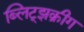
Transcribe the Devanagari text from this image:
ब्लिट्झक्रीग